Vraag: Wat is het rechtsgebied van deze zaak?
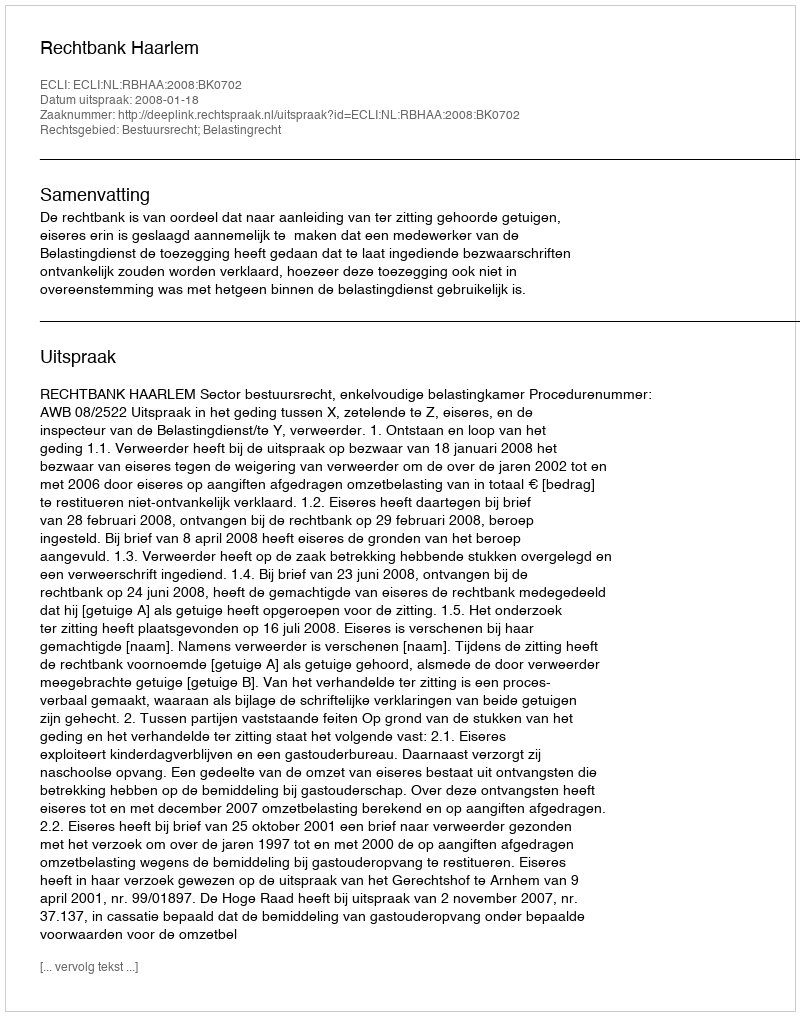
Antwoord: Bestuursrecht; Belastingrecht